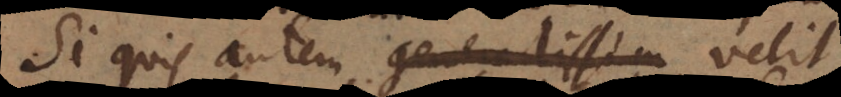
Si quis autem generalissim velit